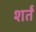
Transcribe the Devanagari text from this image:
शर्तं